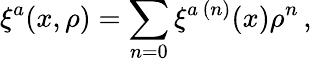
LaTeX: \xi^{a}(x,\rho)=\sum_{n=0}\xi^{a\, (n)}(x)\rho^{n}\, ,